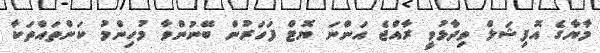
މާޔާގެ އޮފިޝަލް ވިދާޅުވީ ރާއްޖެ އަންނަ ޔޮޓް ފަހަރުން ބޭނުންވާ މުހިންމު ކަންތައްތަކާ